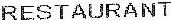
RESTAURANT